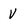
Character: V